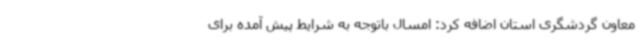
معاون گردشگری استان اضافه کرد: امسال باتوجه به شرایط پیش آمده برای